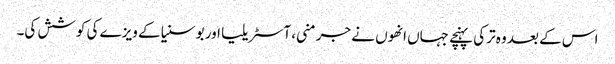
اس کے بعد وہ ترکی پہنچے جہاں انھوں نے جرمنی، آسٹریلیا اور بوسنیا کے ویزے کی کوشش کی۔